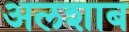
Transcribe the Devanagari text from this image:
अलशाब